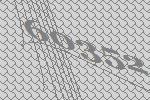
60352